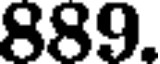
889.